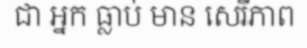
ជា អ្នក ធ្លាប់ មាន សេរីភាព